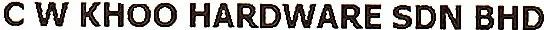
C W KHOO HARDWARE SDN BHD